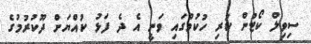
ސިވިލް ކޯޓުން ކުރި ހުކުމްގައި ވަނީ އެ ދެ ފަޅު ކުއްޔަށް ދޫކުރުމުގެ